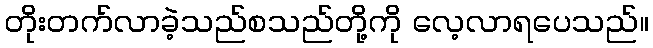
တိုးတက်လာခဲ့သည်စသည်တို့ကို လေ့လာရပေသည်။